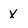
Character: X